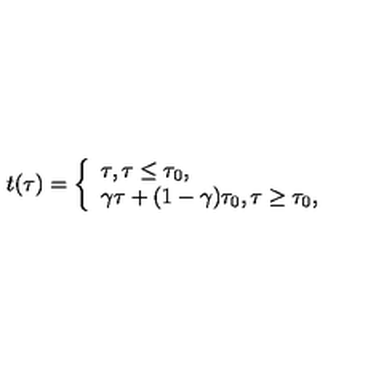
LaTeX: t ( \tau ) = \left\{ \begin{array} { l } { \tau , \tau \leq \tau _ { 0 } , } \\ { \gamma \tau + ( 1 - \gamma ) \tau _ { 0 } , \tau \geq \tau _ { 0 } , } \\ \end{array} \right.